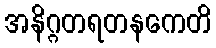
အနိဂ္ဂတရတနကေတိ